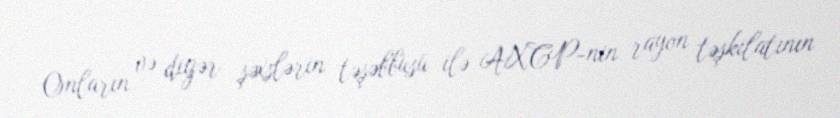
Onların və digər şəxslərin təşəbbüsü ilə AXCP-nin rayon təşkilatının